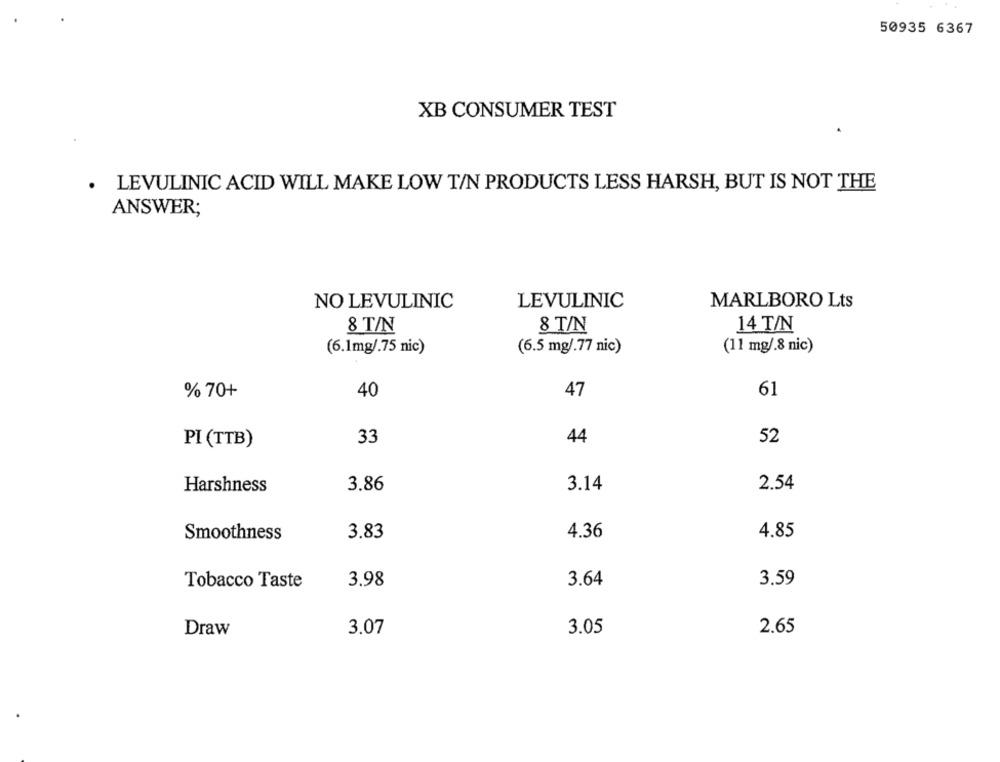
50935 6367
XB CONSUMER TEST
. LEVULINIC ACID WILL MAKE LOW T/N PRODUCTS LESS HARSH, BUT IS NOT THE
ANSWER;
NO LEVULINIC
LEVULINIC
MARLBORO Lts
8 T/N
14 T/N
8 T/N
(6.1mg/.75 nic)
(6.5 mg/.77 nic)
(11 mg/.8 nic)
% 70+
40
47
61
PI (TTB)
33
44
52
Harshness
3.86
3.14
2.54
4.36
4.85
Smoothness
3.83
Tobacco Taste
3.98
3.64
3.59
Draw
3.07
3.05
2.65